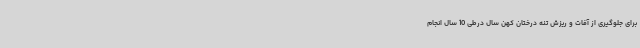
برای جلوگیری از آفات و ریزش تنه درختان کهن سال درطی 10 سال انجام